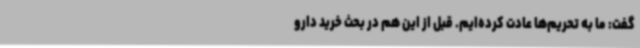
گفت: ما به تحریم‌ها عادت کرده‌ایم. قبل از این هم در بحث خرید دارو